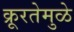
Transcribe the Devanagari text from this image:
क्रूरतेमुळे